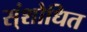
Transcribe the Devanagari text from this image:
स्ंशोधित